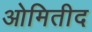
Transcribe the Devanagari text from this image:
ओमितीद